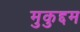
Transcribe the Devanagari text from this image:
मुकुद्दम